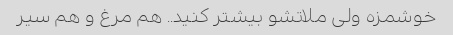
خوشمزه ولی ملاتشو بیشتر کنید.. هم مرغ و هم سیر